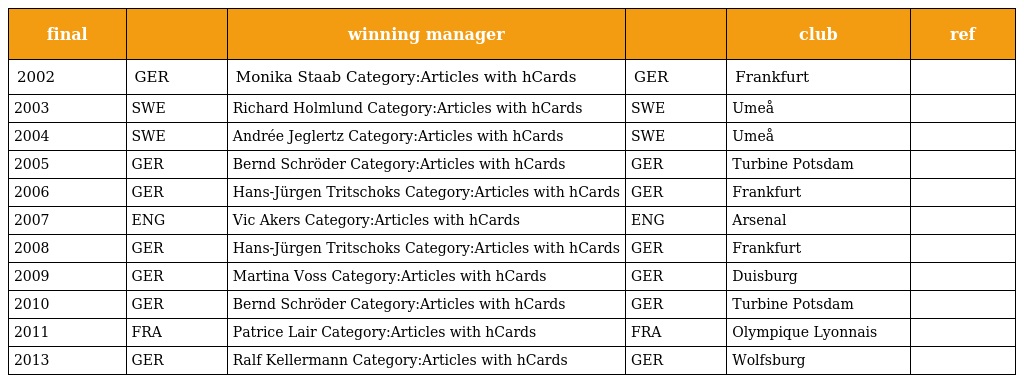
| final |  | winning manager |  | club | ref |
 | --- | --- | --- | --- | --- | --- |
 | 2002 | GER | Monika Staab Category:Articles with hCards | GER | Frankfurt |  |
 | 2003 | SWE | Richard Holmlund Category:Articles with hCards | SWE | Umeå |  |
 | 2004 | SWE | Andrée Jeglertz Category:Articles with hCards | SWE | Umeå |  |
 | 2005 | GER | Bernd Schröder Category:Articles with hCards | GER | Turbine Potsdam |  |
 | 2006 | GER | Hans-Jürgen Tritschoks Category:Articles with hCards | GER | Frankfurt |  |
 | 2007 | ENG | Vic Akers Category:Articles with hCards | ENG | Arsenal |  |
 | 2008 | GER | Hans-Jürgen Tritschoks Category:Articles with hCards | GER | Frankfurt |  |
 | 2009 | GER | Martina Voss Category:Articles with hCards | GER | Duisburg |  |
 | 2010 | GER | Bernd Schröder Category:Articles with hCards | GER | Turbine Potsdam |  |
 | 2011 | FRA | Patrice Lair Category:Articles with hCards | FRA | Olympique Lyonnais |  |
 | 2013 | GER | Ralf Kellermann Category:Articles with hCards | GER | Wolfsburg |  |